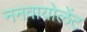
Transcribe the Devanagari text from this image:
ननवायोलेंट